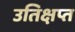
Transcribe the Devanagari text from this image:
उतिक्षप्त